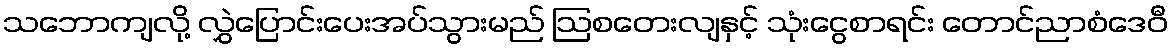
သဘောကျလို့ လွှဲပြောင်းပေးအပ်သွားမည် ဩစတေးလျနှင့် သုံးငွေစာရင်း တောင်ညာစံဒေဝီ